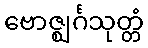
ဗောဇ္ဈင်္ဂသုတ္တံ